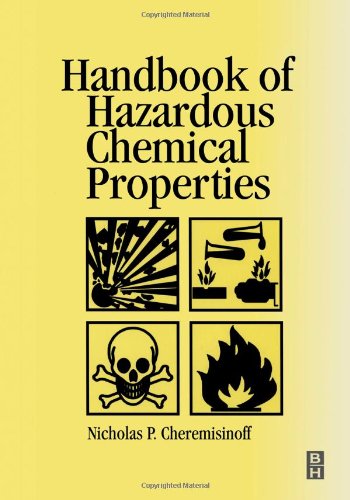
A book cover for Handbook of Hazardous Chemical Properties; Nicholas P Cheremisinoff Consulting Engineer; Science & Math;